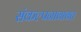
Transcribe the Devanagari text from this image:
संकल्पनाबाबत